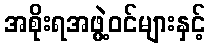
အစိုးရအဖွဲ့ဝင်များနှင့်